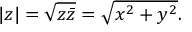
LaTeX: | z | = { \sqrt { z { \bar { z } } } } = { \sqrt { x ^ { 2 } + y ^ { 2 } } } .